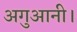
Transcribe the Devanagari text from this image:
अगुआनी।